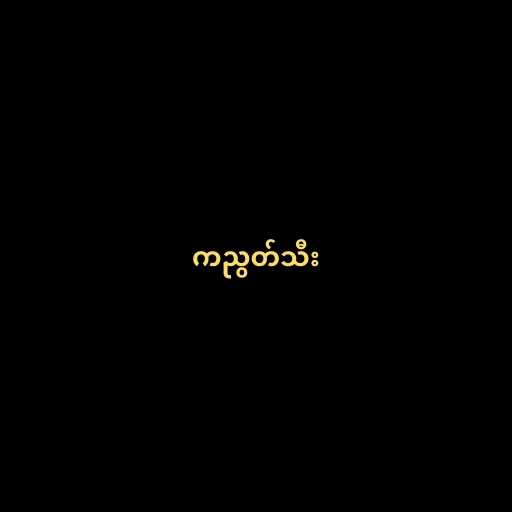
ကညွတ်သီး